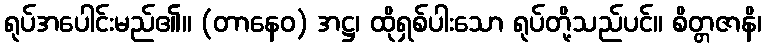
ရုပ်အပေါင်းမည်၏။ (တာနေဝ) အဋ္ဌ၊ ထိုရှစ်ပါးသော ရုပ်တို့သည်ပင်။ စိတ္တဇာနိ၊